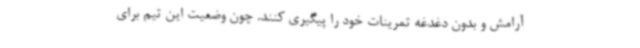
آرامش و بدون دغدغه تمرینات خود را پیگیری کنند. چون وضعیت این تیم برای